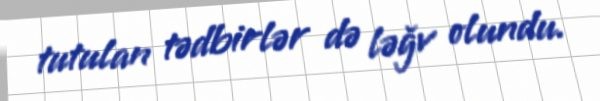
tutulan tədbirlər də ləğv olundu.